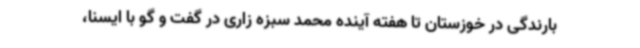
بارندگی در خوزستان تا هفته آینده محمد سبزه زاری در گفت و گو با ایسنا،